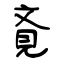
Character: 斍